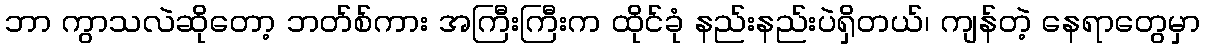
ဘာ ကွာသလဲဆိုတော့ ဘတ်စ်ကား အကြီးကြီးက ထိုင်ခုံ နည်းနည်းပဲရှိတယ်၊ ကျန်တဲ့ နေရာတွေမှာ